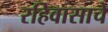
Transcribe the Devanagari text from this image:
रहिवासाचे